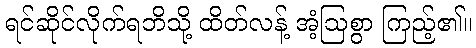
ရင်ဆိုင်လိုက်ရဘိသို့ ထိတ်လန့် အံ့ဩစွာ ကြည့်၏။